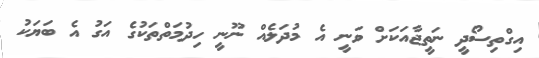
އިގްތިސޯދީ ނަތީޖާއަކަށް ވަނީ އެ މުދަލެއް ނޫނީ ހިދުމަތްތަކުގެ އަގު އެ ބަޔަކު